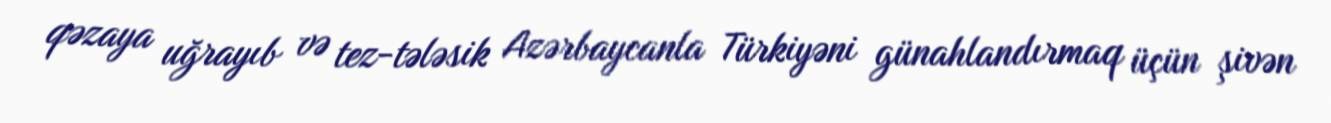
qəzaya uğrayıb və tez-tələsik Azərbaycanla Türkiyəni günahlandırmaq üçün şivən